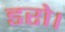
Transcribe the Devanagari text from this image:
डरो।